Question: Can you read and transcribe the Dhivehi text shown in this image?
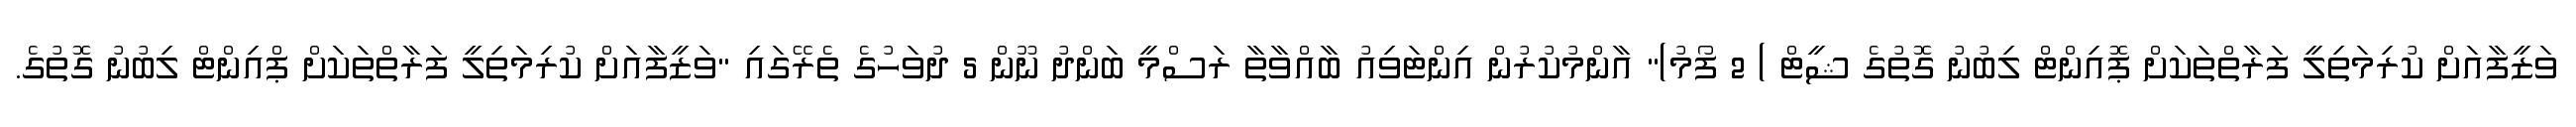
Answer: ވަޒީފާއަށް ކުރިމަތިލީ ފަރާތްތަކަށް ޕޮއިންޓް ލިބުނު ގޮތުގެ ޝީޓް ) 2 ފޯމު)" އާންމުކުރުން އިންޓަވިއު ބާއްވާތާ ރަސްމީ ބަންދު ނޫން 5 ދުވަހުގެ ތެރޭގައި "ވަޒީފާއަށް ކުރިމަތިލީ ފަރާތްތަކަށް ޕްއިންޓް ލިބުނު ގޮތުގެ.